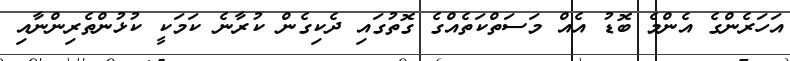
އަހަރެންގެ އެންމެ ބޮޑު އެއް މަސަތްކަތެއްގެ ގޮތުގައި ދެކިގެން ކުރާނެ ކަމަކީ ކުޅުންތެރިންނާއި